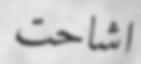
اشاحت